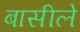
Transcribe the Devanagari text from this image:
बासीले